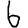
Digit: 6